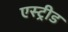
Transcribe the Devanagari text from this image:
एस्ट्रीड